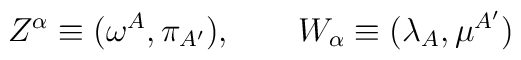
Z^\alpha\equiv (\omega^A,\pi_{A'}),\ \ \ \ \ \ W_\alpha\equiv (\lambda_A,\mu^{A'})